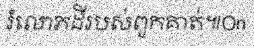
រំលោភដីរបស់ពួកគាត់៕On